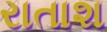
રાતાશ